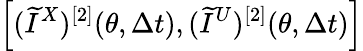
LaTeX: \left[(\widetilde{I}^{X})^{[2]}(\theta,\Delta t),(\widetilde{I}^{U})^{[2]}(\theta,\Delta t)\right]